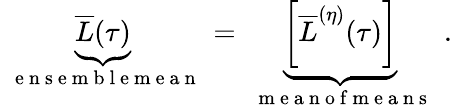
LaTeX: \begin{array}{r}{\underbrace{\overline{{L}}(\tau)}_{\mathrm{~\textrm~{~e~n~s~e~m~b~l~e~m~e~a~n~}~}}=\underbrace{\left[\overline{{L}}^{(\eta)}(\tau)\right]}_{\mathrm{~\textrm~{~m~e~a~n~o~f~m~e~a~n~s~}~}}\ .}\end{array}